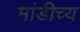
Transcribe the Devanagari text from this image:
मांडीच्य